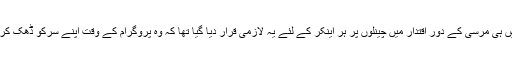
مصر میں ہی مرسی کے دور اقتدار میں چینلوں پر ہر اینکر کے لئے یہ لازمی قرار دیا گیا تھا کہ وہ پروگرام کے وقت اپنے سرکو ڈھک کر رکھیں۔